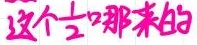
这个$\frac{1}{2}$哪来的